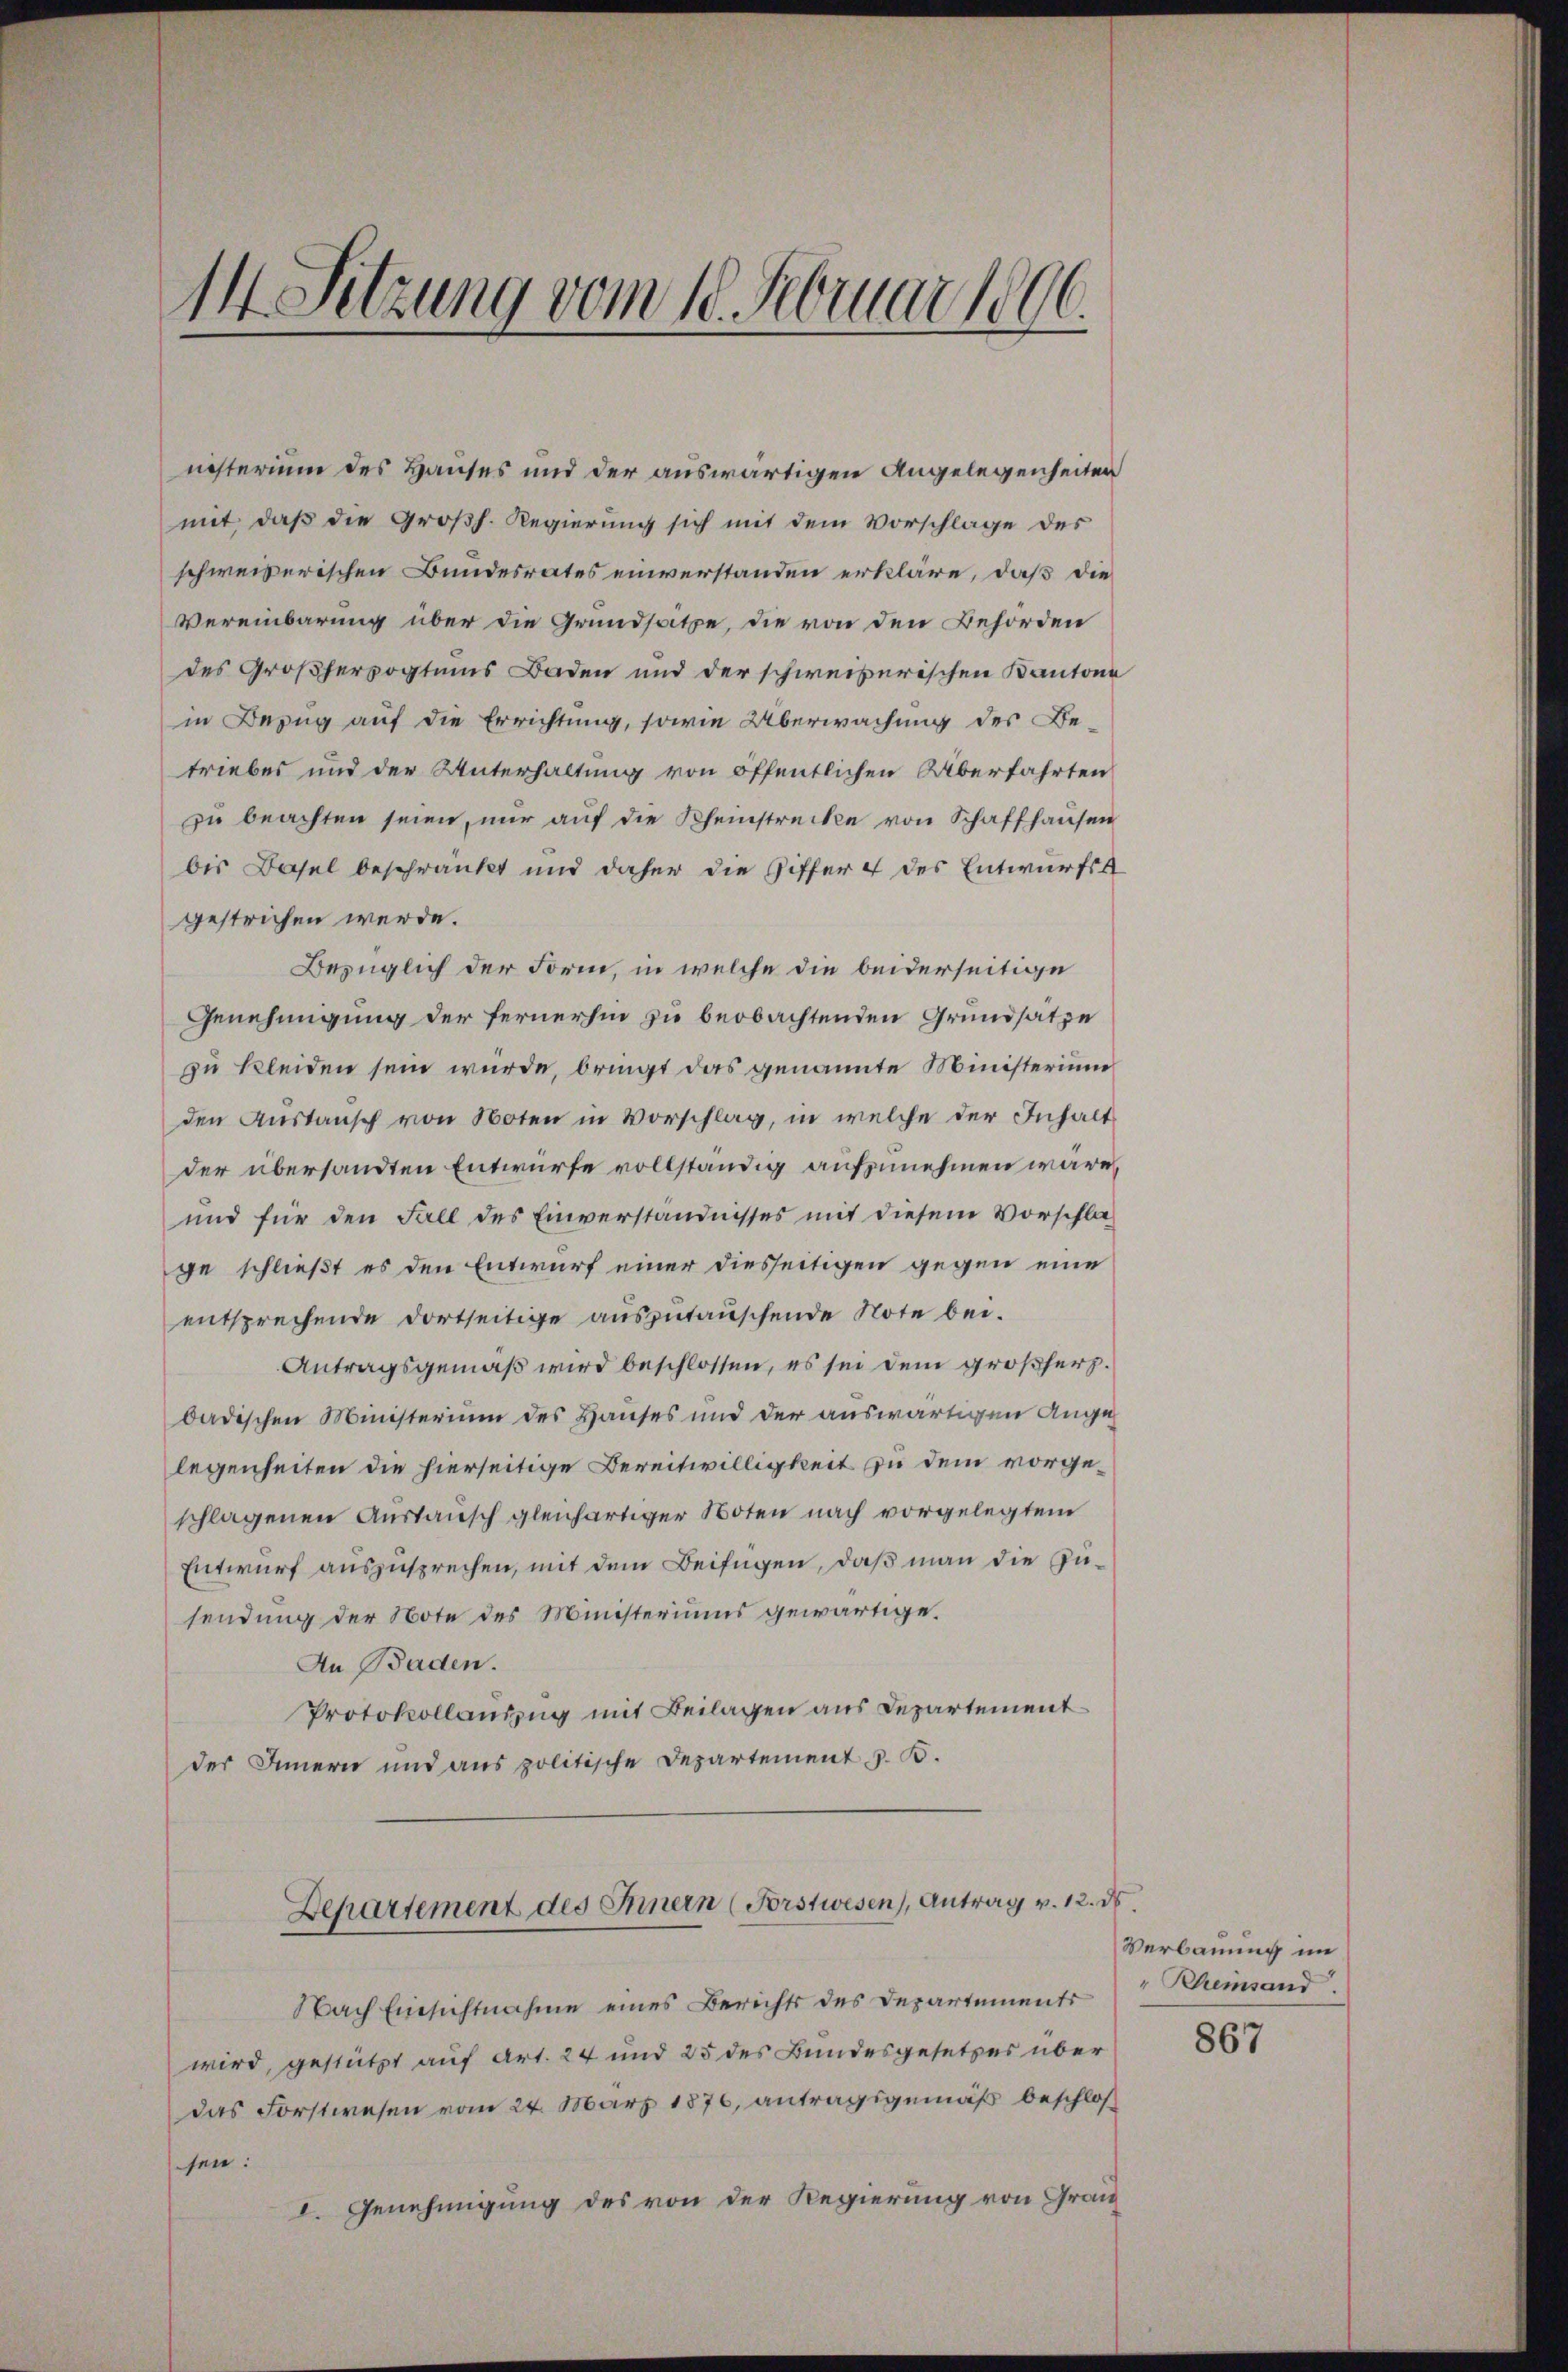
14 Setzung vom 10. Februar 1896.

nisterium des Hauses und der auswärtigen Angelegenheiten
mit, daß die Großh. Regierung sich mit dem Vorschlage des
schweizerischen Bundesrates einverstanden erkläre, daß die
Vereinbarung über die Grundsatze, die von den Behörden
des Großherzogtums Baden und der schweizerischen Kantone
in Bezug auf die Errichtung, sowie Überwachung des Betriebes und der Unterhaltung von öffentlichen Überfahrten
zŭ beachten seien, nŭr aŭf die Rheinstrecke von Schaffhausen
bis Basel beschränkt und daher die Ziffer 4 des Entwurfs
gestrichen werde.
Bezüglich der Form, in welche die beiderseitige
Genehmigung der fernerhin zu beobachtenden Grundsätze
zu kleiden sein wurde, bringt das genannte Ministerium
den Austausch von Noten in Vorschlag, in welche der Inhalt
der übersandten Entwürfe vollständig aufzunehmen wäre,
und für den Fall des Einverständnisses mit diesem Vorschlage schließt es den Entwurf einer diesseitigen gegen eine
entsprechende dortseitige auszutauschende Note bei.
Antragsgemäß wird beschlossen, es sei dem großherz.
dadischen Ministerium des Hauses und der auswärtigen Angelegenheiten die hierseitige Bereitwilligkeit zu dem vorgeschlagenen Austausch gleichartiger Noten nach vorgelegtem
Entwurf auszusprechen, mit dem Beifügen, daß man die Zusendung der Note des Ministeriums gewärtige.
An Baden.
Protokollauszug mit Beilagen aus Departement
des Innern und aus politische Departement z. B.
Departement des Innern (Forstwesen), Antrag v. 12. ds.
Nach Einsichtnahme eines Berichts des Departements
wird, gestützt auf Art. 24 und 25 des Bundesgesetzes über
das Forstwesen vom 24. März 1876, antragsgemäß beschlos
sen:
I. Genehmigung des von der Regierung von Gran

Verbauung im
" Rheinsand

867